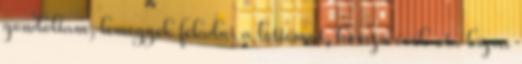
gondoltam, lemegyek feladni a lottómat, hosszú évek óta bízva